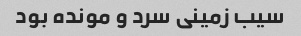
سیب زمینی سرد و مونده بود